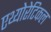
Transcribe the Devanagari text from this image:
एथ्योरेटिकल